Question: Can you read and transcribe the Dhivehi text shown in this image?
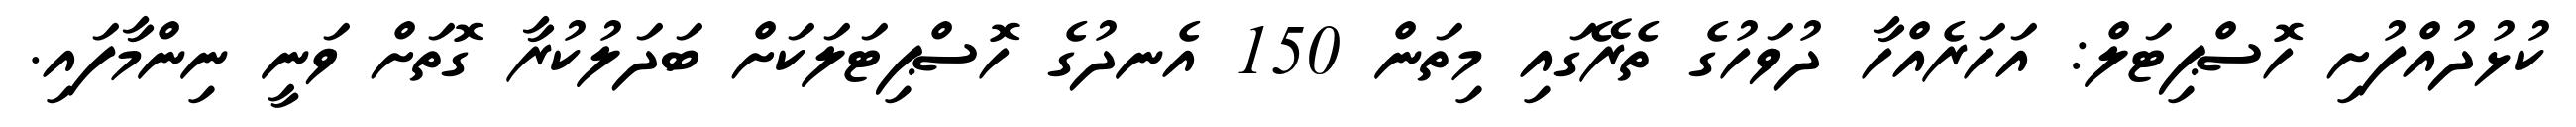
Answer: ކުޅުދުއްފުށި ހޮސްޕިޓަލް: އަހަރެއްހާ ދުވަހުގެ ތެރޭގައި މިތަން 150 އެނދުގެ ހޮސްޕިޓަލަކަށް ބަދަލުކުރާ ގޮތަށް ވަނީ ނިންމާފައި.